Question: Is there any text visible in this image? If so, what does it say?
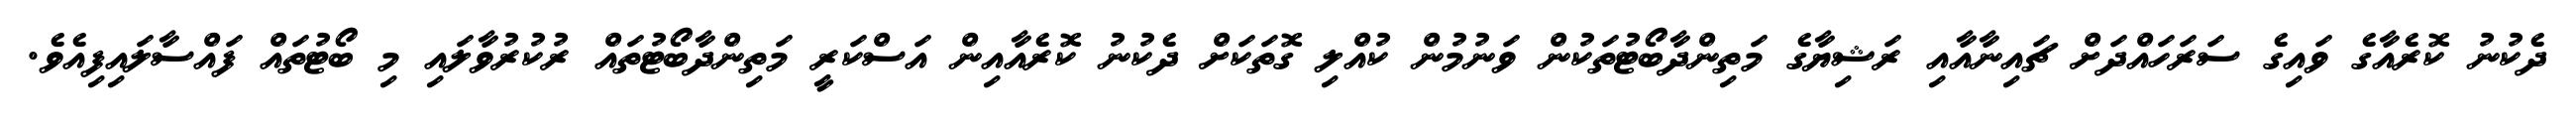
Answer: ދެކުނު ކޮރެއާގެ ވައިގެ ސަރަހައްދަށް ޗައިނާއާއި ރަޝިޔާގެ މަތިންދާބޯޓުތަކުން ވަނުމުން ކުއްލި ގޮތަކަށް ދެކުނު ކޮރެއާއިން އަސްކަރީ މަތިންދާބޯޓުތައް ރުކުރުވާލައި މި ބޯޓުތައް ފައްސާލައިފިއެވެ.